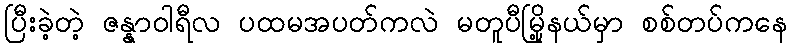
ပြီးခဲ့တဲ့ ဇန္နာဝါရီလ ပထမအပတ်ကလဲ မတူပီမြို့နယ်မှာ စစ်တပ်ကနေ